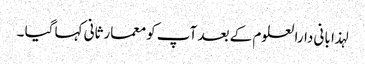
لہذا بانی دارالعلوم کے بعد آپ کو معمارثانی کہا گیا ۔